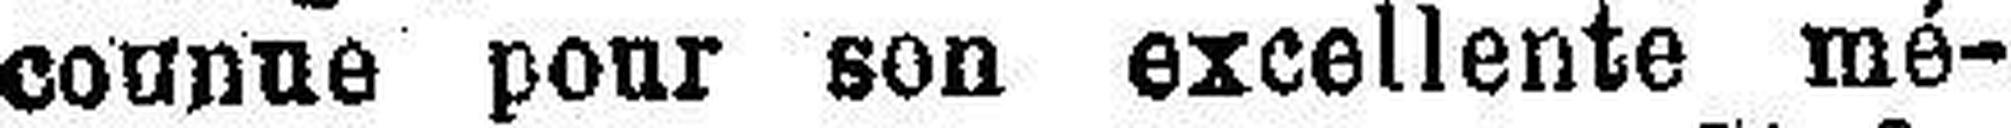
connue pour son excellente mé¬